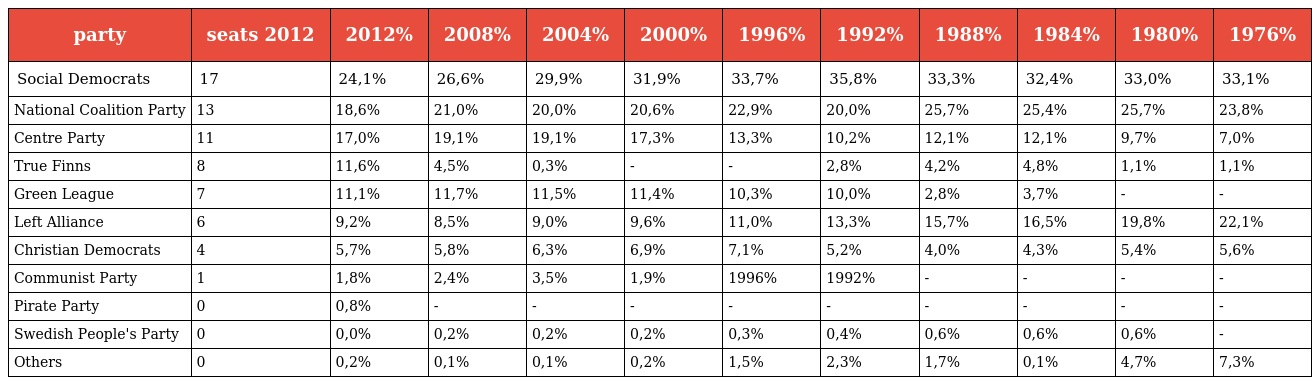
| party | seats 2012 | 2012% | 2008% | 2004% | 2000% | 1996% | 1992% | 1988% | 1984% | 1980% | 1976% |
 | --- | --- | --- | --- | --- | --- | --- | --- | --- | --- | --- | --- |
 | Social Democrats | 17 | 24,1% | 26,6% | 29,9% | 31,9% | 33,7% | 35,8% | 33,3% | 32,4% | 33,0% | 33,1% |
 | National Coalition Party | 13 | 18,6% | 21,0% | 20,0% | 20,6% | 22,9% | 20,0% | 25,7% | 25,4% | 25,7% | 23,8% |
 | Centre Party | 11 | 17,0% | 19,1% | 19,1% | 17,3% | 13,3% | 10,2% | 12,1% | 12,1% | 9,7% | 7,0% |
 | True Finns | 8 | 11,6% | 4,5% | 0,3% | - | - | 2,8% | 4,2% | 4,8% | 1,1% | 1,1% |
 | Green League | 7 | 11,1% | 11,7% | 11,5% | 11,4% | 10,3% | 10,0% | 2,8% | 3,7% | - | - |
 | Left Alliance | 6 | 9,2% | 8,5% | 9,0% | 9,6% | 11,0% | 13,3% | 15,7% | 16,5% | 19,8% | 22,1% |
 | Christian Democrats | 4 | 5,7% | 5,8% | 6,3% | 6,9% | 7,1% | 5,2% | 4,0% | 4,3% | 5,4% | 5,6% |
 | Communist Party | 1 | 1,8% | 2,4% | 3,5% | 1,9% | 1996% | 1992% | - | - | - | - |
 | Pirate Party | 0 | 0,8% | - | - | - | - | - | - | - | - | - |
 | Swedish People's Party | 0 | 0,0% | 0,2% | 0,2% | 0,2% | 0,3% | 0,4% | 0,6% | 0,6% | 0,6% | - |
 | Others | 0 | 0,2% | 0,1% | 0,1% | 0,2% | 1,5% | 2,3% | 1,7% | 0,1% | 4,7% | 7,3% |